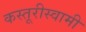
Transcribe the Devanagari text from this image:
कस्तूरीस्वामी